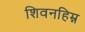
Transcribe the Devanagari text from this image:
शिवनहिम्न